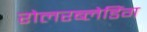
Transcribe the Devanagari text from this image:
रोलरब्लेडिंग